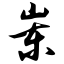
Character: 岽